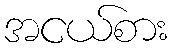
အငယ်စား